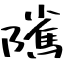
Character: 隲